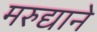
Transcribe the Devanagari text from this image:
मरुद्याने